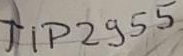
Text: TIP2955